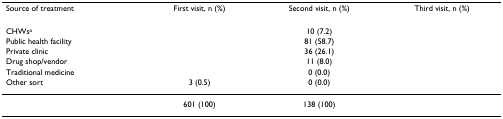
<table><thead><tr><td><b>Source of treatment</b></td><td><b>First visit, n (%)</b></td><td><b>Second visit, n (%)</b></td><td><b>Third visit, n (%)</b></td></tr></thead><tbody><tr><td>CHWs<sup>a</sup></td><td>[EMPTY_CELL]</td><td>10 (7.2)</td><td>[EMPTY_CELL]</td></tr><tr><td>Public health facility</td><td>[EMPTY_CELL]</td><td>81 (58.7)</td><td>[EMPTY_CELL]</td></tr><tr><td>Private clinic</td><td>[EMPTY_CELL]</td><td>36 (26.1)</td><td>[EMPTY_CELL]</td></tr><tr><td>Drug shop/vendor</td><td>[EMPTY_CELL]</td><td>11 (8.0)</td><td>[EMPTY_CELL]</td></tr><tr><td>Traditional medicine</td><td>[EMPTY_CELL]</td><td>0 (0.0)</td><td>[EMPTY_CELL]</td></tr><tr><td>Other sort</td><td>3 (0.5)</td><td>0 (0.0)</td><td>[EMPTY_CELL]</td></tr><tr><td>[EMPTY_CELL]</td><td>601 (100)</td><td>138 (100)</td><td>[EMPTY_CELL]</td></tr></tbody></table>